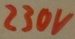
Text: 230V